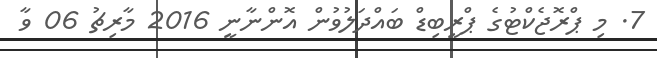
7. މި ޕްރޮޖެކްޓުގެ ޕްރީބިޑް ބައްދަލުވުން އޮންނާނީ 2016 މާރިޗު 06 ވާ